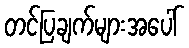
တင်ပြချက်များအပေါ်